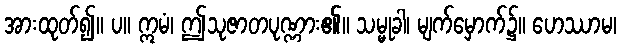
အားထုတ်၍။ ပ။ ဣမံ၊ ဤသုဇာတပုဏ္ဏား၏။ သမ္မုခါ၊ မျက်မှောက်၌။ ဟေဿာမ၊